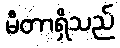
မီတာရှိသည်